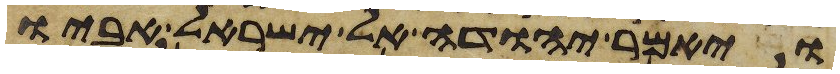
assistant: ויאמר יהודה אל ישראל אביו